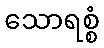
သောရစ္စံ